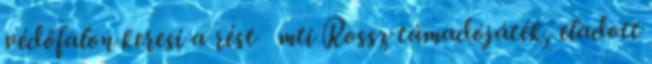
védőfalon keresi a rést mti Rossz támadójáték, eladott